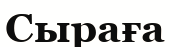
Сыраға